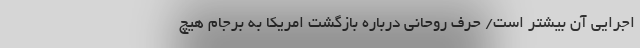
اجرایی آن بیشتر است/ حرف‌ روحانی درباره بازگشت امریکا به برجام هیچ